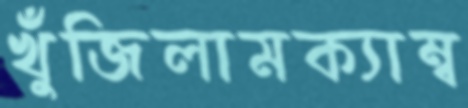
খুঁজিলামক্যাম্ব